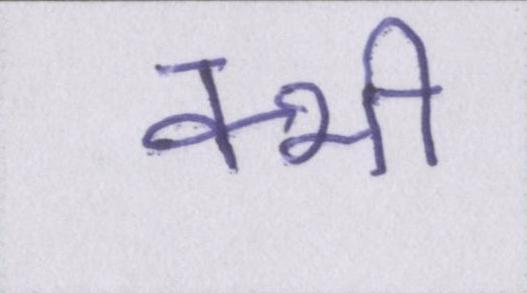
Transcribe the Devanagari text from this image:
क्भी